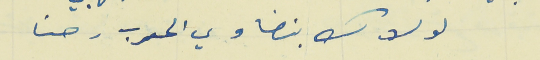
لولاك بنضاوي الحرب رحنا